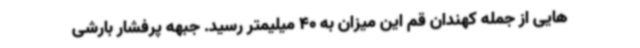
هایی از جمله کهندان قم این میزان به 40 میلیمتر رسید. جبهه پرفشار بارشی